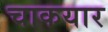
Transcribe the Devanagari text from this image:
चाकयार